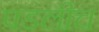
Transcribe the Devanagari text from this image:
पडलीच